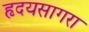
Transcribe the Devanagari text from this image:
हृदयसागरा